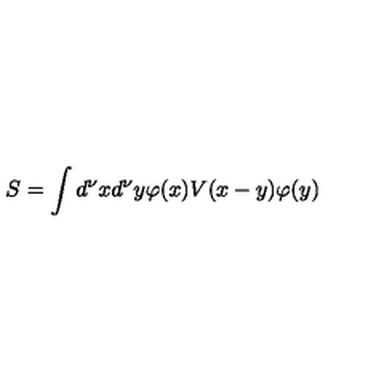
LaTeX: S = \int d ^ { \nu } x d ^ { \nu } y \varphi ( x ) V ( x - y ) \varphi ( y )